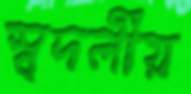
স্বদলীয়